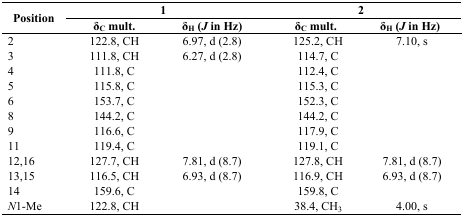
<table><thead><tr><td rowspan="2"><b>Position</b></td><td colspan="2"><b>1</b></td><td colspan="3"><b>2</b></td></tr><tr><td><b>δ<sub>C</sub> mult.</b></td><td><b>δ<sub>H</sub> (<i>J</i> in Hz)</b></td><td></td><td><b>δ<sub>C</sub> mult.</b></td><td><b>δ<sub>H</sub> (<i>J</i> in Hz)</b></td></tr></thead><tbody><tr><td>2</td><td>122.8, CH</td><td>6.97, d (2.8)</td><td></td><td>125.2, CH</td><td>7.10, s</td></tr><tr><td>3</td><td>111.8, CH</td><td>6.27, d (2.8)</td><td></td><td>114.7, C</td><td></td></tr><tr><td>4</td><td>111.8, C</td><td></td><td></td><td>112.4, C</td><td></td></tr><tr><td>5</td><td>115.8, C</td><td></td><td></td><td>115.3, C</td><td></td></tr><tr><td>6</td><td>153.7, C</td><td></td><td></td><td>152.3, C</td><td></td></tr><tr><td>8</td><td>144.2, C</td><td></td><td></td><td>144.2, C</td><td></td></tr><tr><td>9</td><td>116.6, C</td><td></td><td></td><td>117.9, C</td><td></td></tr><tr><td>11</td><td>119.4, C</td><td></td><td></td><td>119.1, C</td><td></td></tr><tr><td>12,16</td><td>127.7, CH</td><td>7.81, d (8.7)</td><td></td><td>127.8, CH</td><td>7.81, d (8.7)</td></tr><tr><td>13,15</td><td>116.5, CH</td><td>6.93, d (8.7)</td><td></td><td>116.9, CH</td><td>6.93, d (8.7)</td></tr><tr><td>14</td><td>159.6, C</td><td></td><td></td><td>159.8, C</td><td></td></tr><tr><td><i>N</i>1-Me</td><td>122.8, CH</td><td></td><td></td><td>38.4, CH<sub>3</sub></td><td>4.00, s</td></tr></tbody></table>